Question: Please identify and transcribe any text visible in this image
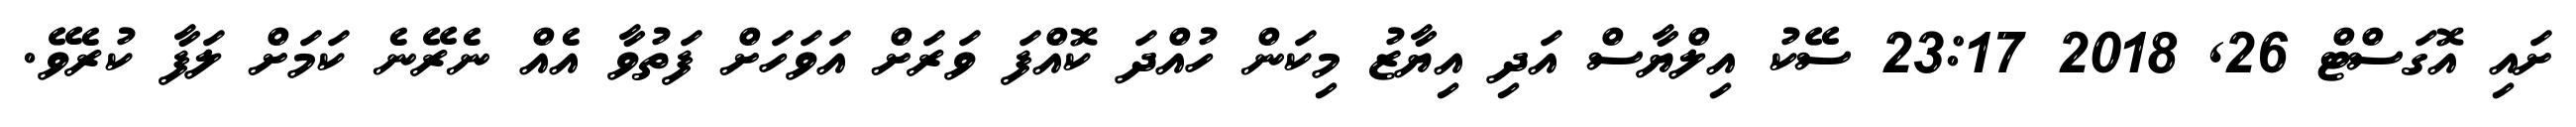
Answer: ށައި އޮގަސްޓް 26, 2018 23:17 ސޭކު އިލްޔާސް އަދި އިޔާޒު މިކަން ހުއްދަ ކޮއްފަ ވަރަށް އަވަހަށް ފަތުވާ އެއް ނެރޭނެ ކަމަށް ލަފާ ކުރެވޭ.